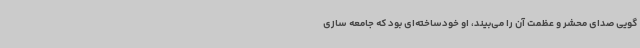
گویی صدای محشر و عظمت آن را می‌بیند، او خودساخته‌ای بود که جامعه سازی